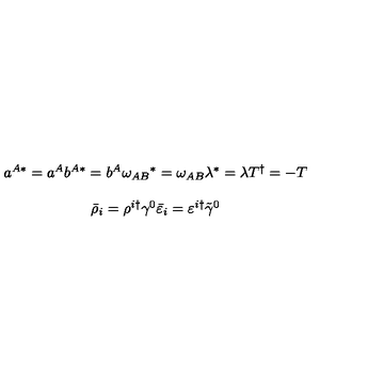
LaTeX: \begin{array} { c } { a ^ { A * } = a ^ { A } b ^ { A * } = b ^ { A } \omega _ { A B } { } ^ { * } = \omega _ { A B } \lambda ^ { * } = \lambda T ^ { \dagger } = - T } \\ { { } } \\ { \bar { \rho } _ { i } = \rho ^ { i \dagger } \gamma ^ { 0 } \bar { \varepsilon } _ { i } = \varepsilon ^ { i \dagger } \tilde { \gamma } ^ { 0 } } \\ \end{array}